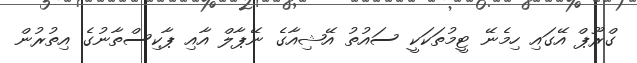
ގްރޫޕް އޭގައި ހިމެނޭ ޓީމުތަކަކީ ސައުތު އޭޝިއާގެ ނޭޕާލް އާއި ޕާކިސްތާނުގެ އިތުރުން